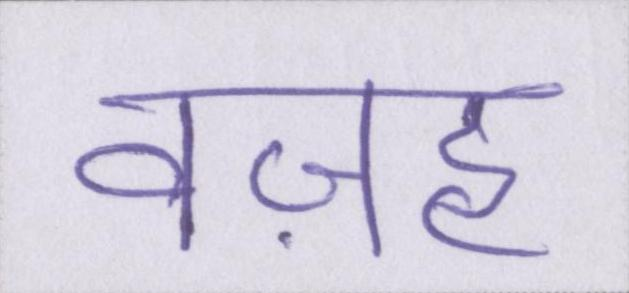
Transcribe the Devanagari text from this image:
वज़ह